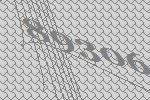
89306